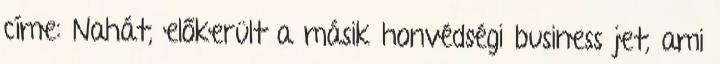
címe: Nahát, előkerült a másik honvédségi business jet, ami